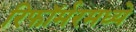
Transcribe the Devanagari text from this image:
रिफॉर्मरमध्ये